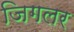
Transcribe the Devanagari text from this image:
जिगलर